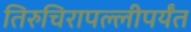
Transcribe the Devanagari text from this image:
तिरुचिरापल्लीपर्यंत